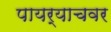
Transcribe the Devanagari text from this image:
पायर्याचवर